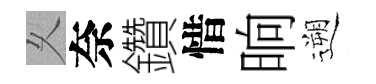
乆奈鑽惜晌遡